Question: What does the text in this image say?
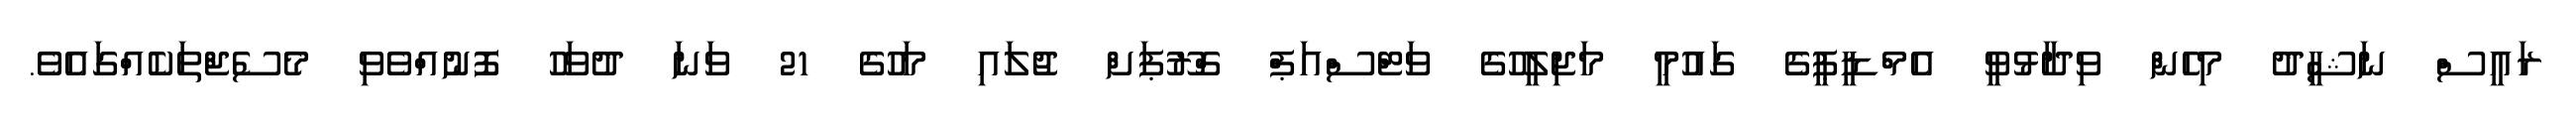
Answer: ރައީސް ނަޝީދު މިހެން ވިދާޅުވީ އެމްޑީޕީގެ ގައުމީ މަޖިލީހުގެ ވަޓްސްއަޕް ގްރޫޕަށް ޖުލައި މަހުގެ 21 ވަނަ ދުވަހު ފޮނުއްވެވި މެސެޖްތަކެއްގައެވެ.